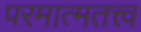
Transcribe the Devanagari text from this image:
परमात्मतत्त्व